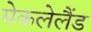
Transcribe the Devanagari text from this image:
मेकलेलैंड